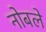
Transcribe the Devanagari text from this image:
नोबले